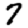
Digit: 7